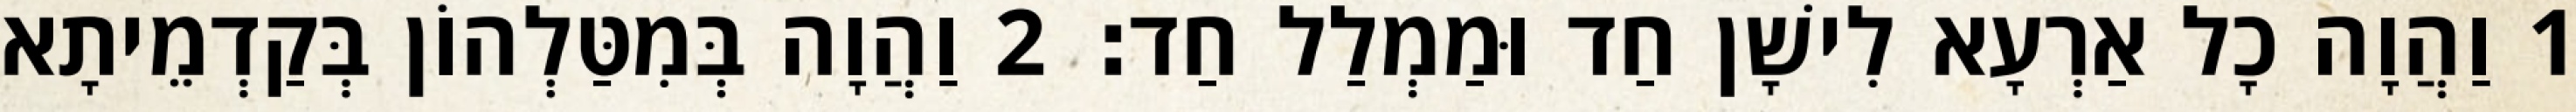
1 וַהֲוָה כָל אַרְעָא לִישָׁן חַד וּמַמְלַל חַד׃ 2 וַהֲוָה בְּמִטַּלְהוֹן בְּקַדְמֵיתָא